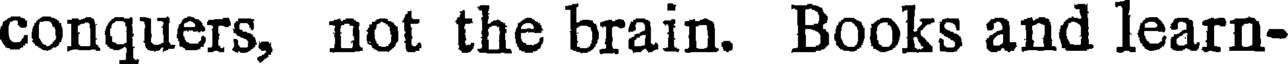
conquers, not the brain. Books and learn-